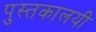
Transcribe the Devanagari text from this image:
पुस्तकालयी